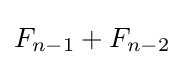
F_{n-1}+F_{n-2}